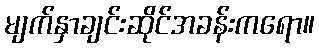
မျက်နှာချင်းဆိုင်အခန်းကရော။